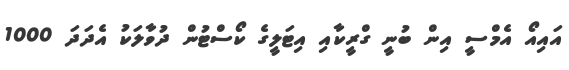
އައިއޯ އެމްސީ އިން ބުނީ ގްރީކާއި އިޓަލީގެ ކޯސްޓުން ދުވާލަކު އެދަދަ 1000